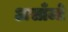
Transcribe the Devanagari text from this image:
असाँजो